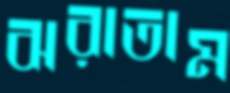
ঝরাতাম